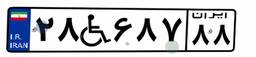
۷۴W۰۴۷۲۱